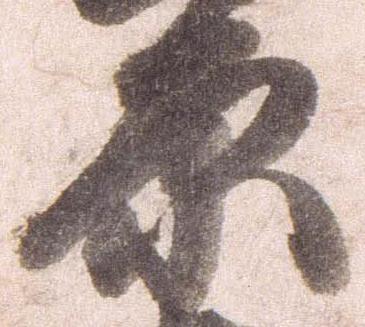
原